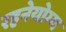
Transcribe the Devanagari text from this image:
रहनेयोग्य